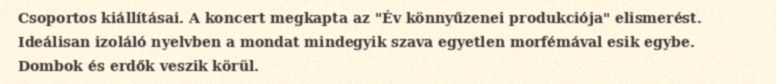
Csoportos kiállításai. A koncert megkapta az "Év könnyűzenei produkciója" elismerést. Ideálisan izoláló nyelvben a mondat mindegyik szava egyetlen morfémával esik egybe. Dombok és erdők veszik körül.